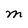
Character: M